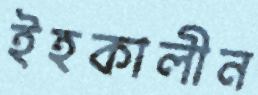
ইহকালীন